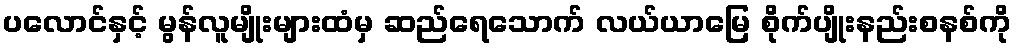
ပလောင်နှင့် မွန်လူမျိုးများထံမှ ဆည်ရေသောက် လယ်ယာမြေ စိုက်ပျိုးနည်းစနစ်ကို